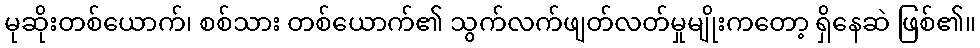
မုဆိုးတစ်ယောက်၊ စစ်သား တစ်ယောက်၏ သွက်လက်ဖျတ်လတ်မှုမျိုးကတော့ ရှိနေဆဲ ဖြစ်၏။